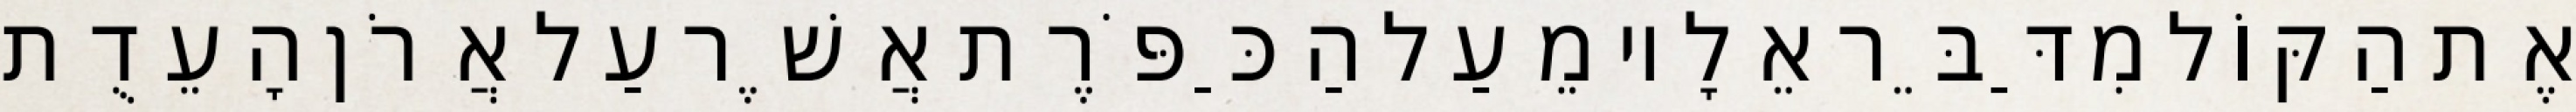
אֶת הַקּוֹל מִדַּבֵּר אֵלָיו מֵעַל הַכַּפֹּרֶת אֲשֶׁר עַל אֲרֹן הָעֵדֻת